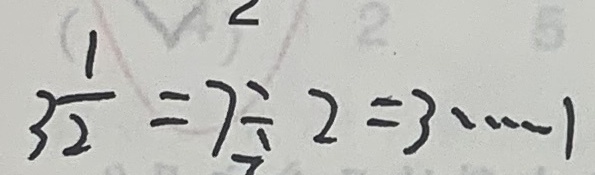
3 \frac { 1 } { 2 } = 7 \div 2 = 3 \cdots 1